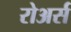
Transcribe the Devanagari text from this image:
रोअर्स